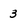
Character: 3